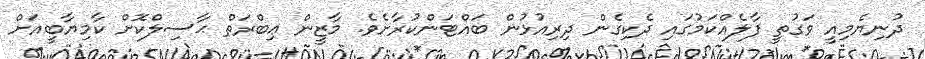
ދުނިޔެމިއީ ވަގުތީ ފާލެއްކަމުގައި ދެކިގެން ދިރިއުޅުން ބައްޓަންކުރާށެވެ. މާޒީން ޢިބްރަތް ޙާސިލްކޮށް ކާމިޔާބީއަށް